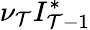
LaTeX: \nu_{\mathcal{T}}I_{\mathcal{T}-1}^{*}